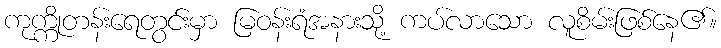
ကုက္ကိုတန်းရေတွင်းမှာ မြဝန်းရံအနားသို့ ကပ်လာသော လူစိမ်းဖြစ်နေ၏။